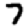
Digit: 7